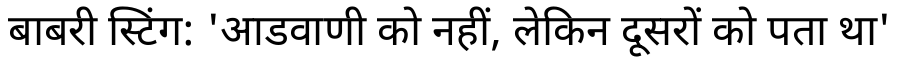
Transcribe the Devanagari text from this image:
बाबरी स्टिंग: 'आडवाणी को नहीं, लेकिन दूसरों को पता था'